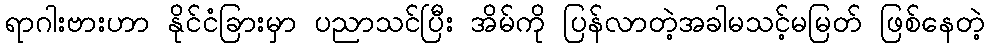
ရာဂါးဗားဟာ နိုင်ငံခြားမှာ ပညာသင်ပြီး အိမ်ကို ပြန်လာတဲ့အခါမသင့်မမြတ် ဖြစ်နေတဲ့